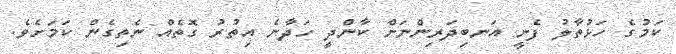
ކަމުގެ ހަޅުތާލު ފެށީ އަނބިދަރިންނަށް ކާންދީ ހަދާނެ އިތުރު ގޮތެއް ނެތިގެން ކަމަށެވެ.